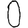
Digit: 0